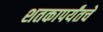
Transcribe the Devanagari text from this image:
शतकापर्यंतचे